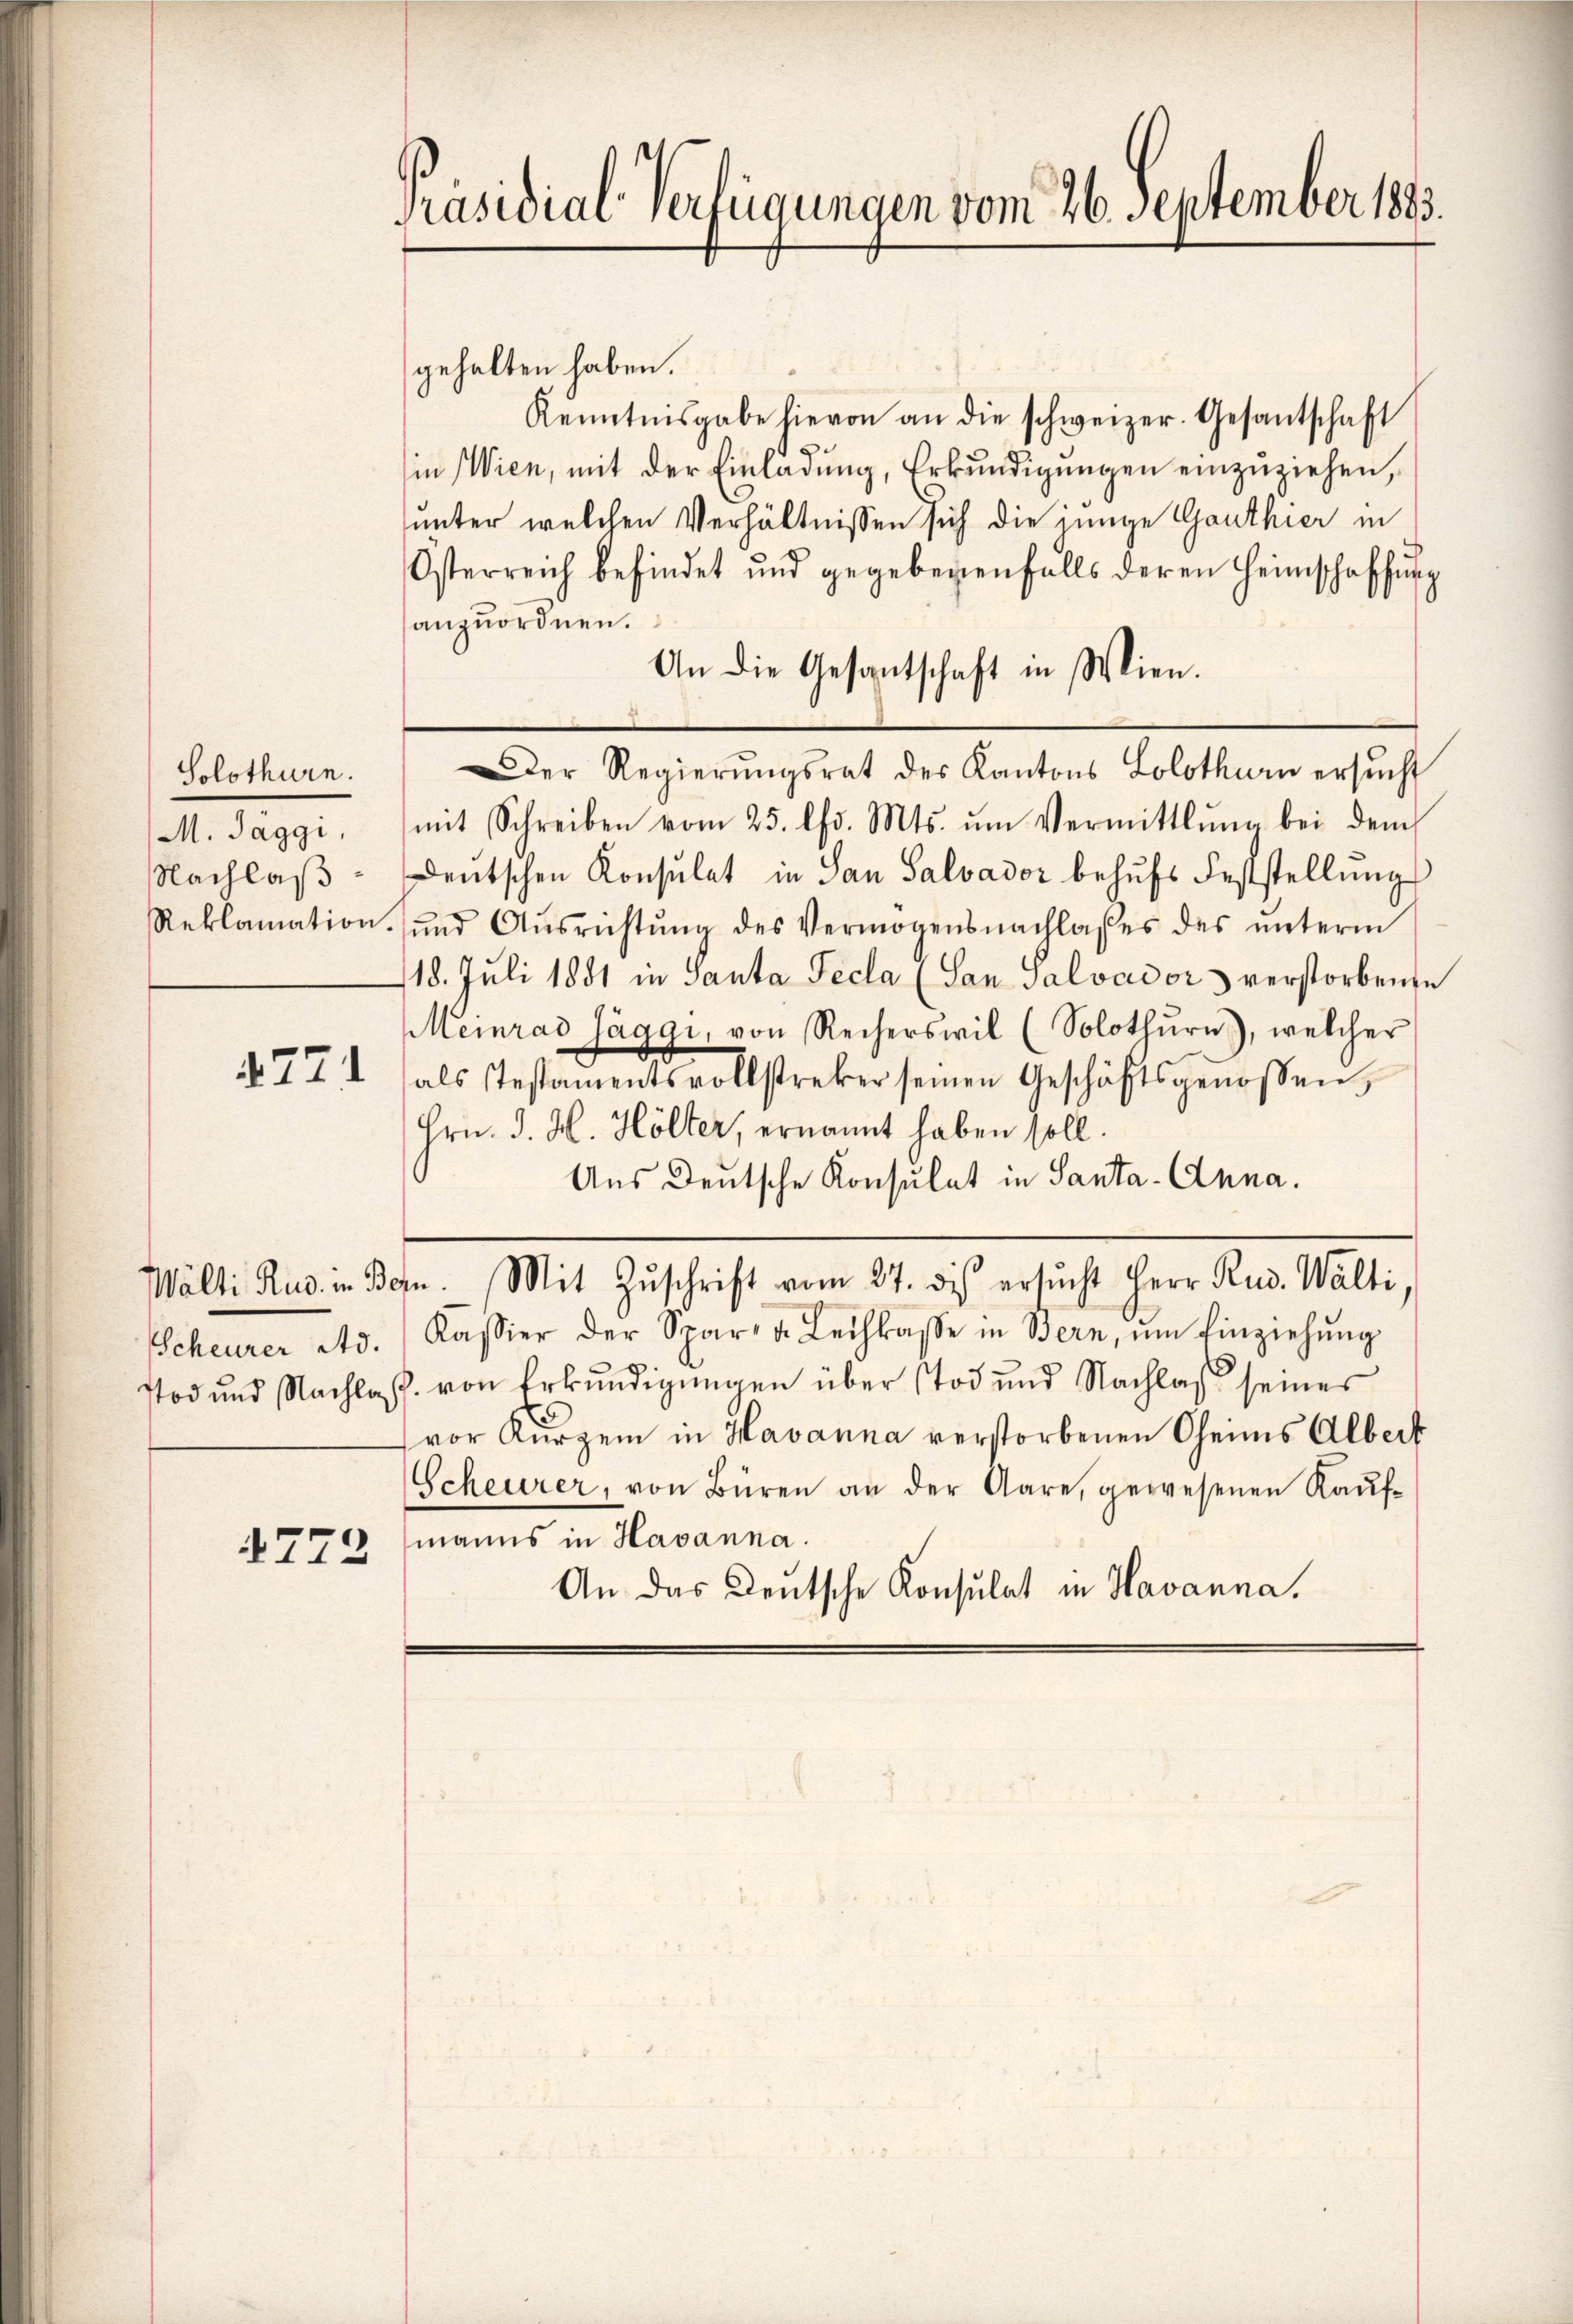
Solothurn.
M. Jaggi,
Nachlaß
Reklamation.

4771

Scheurer Ad.
tod und Nachlas

1772

Präsidial-Verfügungen vom 26. September 1883.

gehalten haben.
Kenntnisgabe hievon an die schweizer. Gesantschaft
in Wien, mit der Einladŭng, Erkŭndigŭngen einzŭziehen,
unter welchen Verhältnissen sich die junge Ganthier in
Österreich befindet und gegebenen falls deren Heimschaffŭng
anzuordnen.
An die Gesantschaft in Wien.
Der Regierŭngsrat des Kantons Solothurn ersŭcht
mit Schreiben vom 25. lfd. Mts. ŭm Vermittlung bei dem
Deutschen Konsulat in San Salvador behufs Feststellung
ŭnd Aŭsrichtŭng des Vermögensnachlasses des ŭnterm
118. Juli 1851 in Santa Fecla (San Salvador verstorbenen
Meinrad Jäggi, von Recherswil (Solothurn), welcher
als Testamentsvollstreker seinen Geschäftsgenossen,
Hrn. J. H. Höller, ernannt haben soll.
Aus Deutsche Konsulat in Santa- Anna.
Wälti Rud. in Bern. Mit Zŭschrift vom 27. di ersŭcht Herr Rud. Walti
Kassier der Spar- u. Leihkasse in Bern, ŭm Einziehŭng
von Erkundigungen über Tod und Nachlaß seines
(vor Kürzer in Havanna verstorbenen Oheims Albert
Scheurer, von Büren an der Aare, gewesenen Kaŭf-
manns in Havanna.
An das Deutsche Konsulat in Havanna.